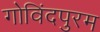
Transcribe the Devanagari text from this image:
गोविंदपुरम